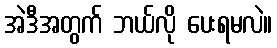
အဲဒီအတွက် ဘယ်လို ပေးရမလဲ။